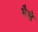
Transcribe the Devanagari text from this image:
भैसे